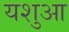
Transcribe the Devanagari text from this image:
यशुआ